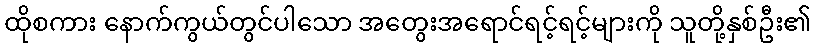
ထိုစကား နောက်ကွယ်တွင်ပါသော အတွေးအရောင်ရင့်ရင့်များကို သူတို့နှစ်ဦး၏